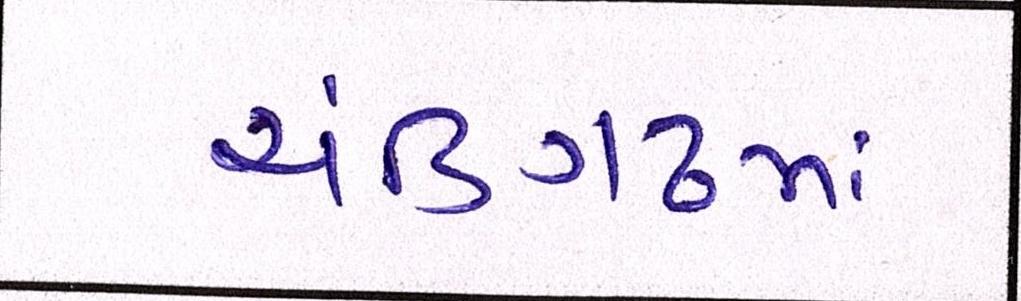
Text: ચંડિગઢમાં